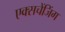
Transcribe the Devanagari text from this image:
एक्सचेंजिंग